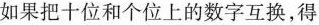
如果把十位和个位上的数字互换，得